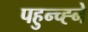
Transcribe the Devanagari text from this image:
पहुन्च्ह्ने